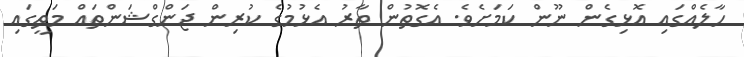
ހާލެއްގައި އޮޅިގެން ނޫން ކަމަށެވެ. އެގޮތުން ތާރު އެޅުމުގެ ކުރިން ޖަންގްޝަންތައް މަތީގައި